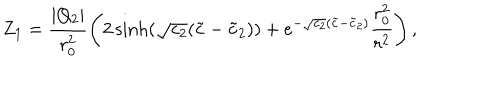
Z _ { 1 } = \frac { | Q _ { 2 } | } { r _ { 0 } ^ { 2 } } \left( 2 \sinh ( \sqrt { c _ { 2 } } ( \tilde { c } - \tilde { c } _ { 2 } ) ) + e ^ { - \sqrt { c _ { 2 } } ( \tilde { c } - \tilde { c } _ { 2 } ) } \frac { r _ { 0 } ^ { 2 } } { r ^ { 2 } } \right) ,